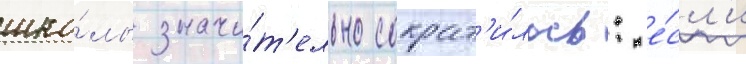
шко́лы значи́т'ельно сократ'и́лось: е́сл'и